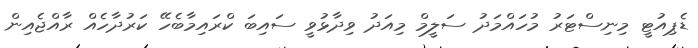
ޑެޕިއުޓީ މިނިސްޓަރު މުހައްމަދު ސަލީމް މިއަދު ވިދާޅުވީ ސައިބަ ކްރައިމާބެހޭ ކަރުދާހެއް ރާއްޖެއިން